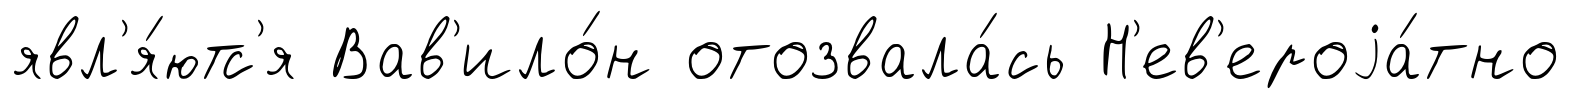
явл'я́ютс'я Вав'ило́н отозвала́сь Н'ев'ероjа́тно